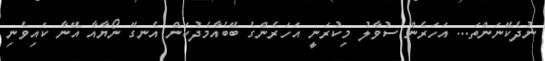
ނުދެކޭނަންތަ... އަހަރެން ސުވާލު މިކުރަނީ އަހަރެންގެ ބޭބެއާމެދުކަން އެނގޭ ނޯޔާއާ އޭނާ ކައިވެނި